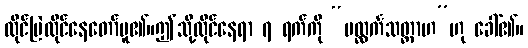
ထိုင်မြဲထိုင်နေတော်မူ၏။ဤသို့ထိုင်နေရာ ၇ ရက်ကို “ပလ္လင်္ကသတ္တာဟ”ဟု ခေါ်၏။